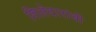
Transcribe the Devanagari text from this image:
शिलेदारांची